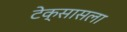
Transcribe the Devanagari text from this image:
टेक्सासला